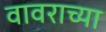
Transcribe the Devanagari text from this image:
वावराच्या